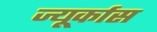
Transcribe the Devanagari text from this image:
ज्यूर्कास